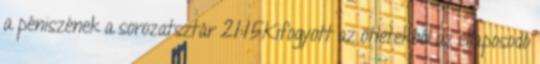
a péniszének a sorozatsztár 21:15Kifogyott az ötletekből az ellaposodó